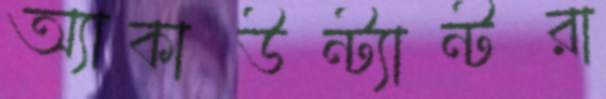
অ্যাকাউন্ট্যান্টরা